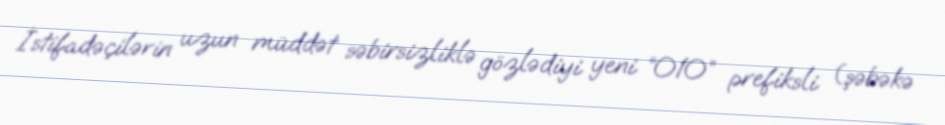
İstifadəçilərin uzun müddət səbirsizliklə gözlədiyi yeni “010” prefiksli (şəbəkə